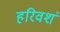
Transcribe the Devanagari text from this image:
हरिवशं